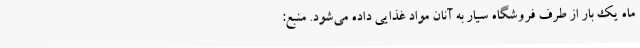
ماه یک بار از طرف فروشگاه سیار به آنان مواد غذایی داده می‌شود. منبع: